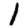
Digit: 1